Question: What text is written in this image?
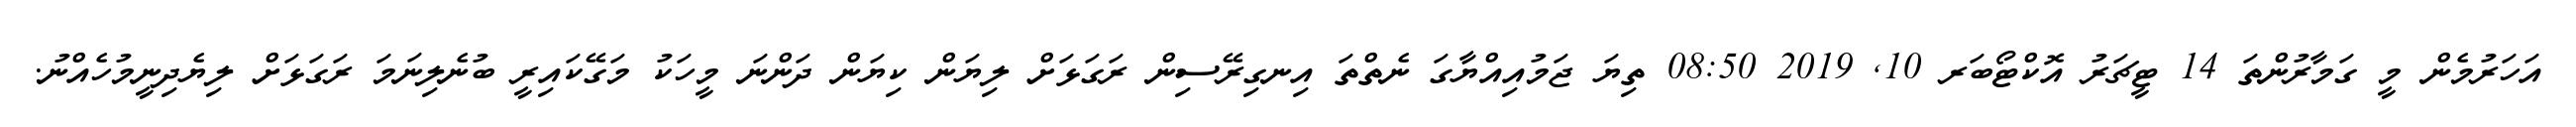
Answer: އަހަރުމެން މީ ގަމާރުންތަ 14 ޓީޗަރު އޮކްޓޯބަރ 10, 2019 08:50 ތިޔަ ޖަމުއިއްޔާގަ ނެތްތަ އިނގިރޭސިން ރަގަޅަށް ލިޔަން ކިޔަން ދަންނަ މީހަކު މަގޭކައިރީ ބުނެލިނަމަ ރަގަޅަށް ލިޔެދިނީމުހެއްނު.